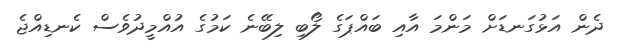
ދެން އަޅުގަނޑަށް މަންމަ އާއި ބައްޕަގެ ލޯބި ލިބޭނެ ކަމުގެ އުއްމީދުވެސް ކެނޑިއްޖެ